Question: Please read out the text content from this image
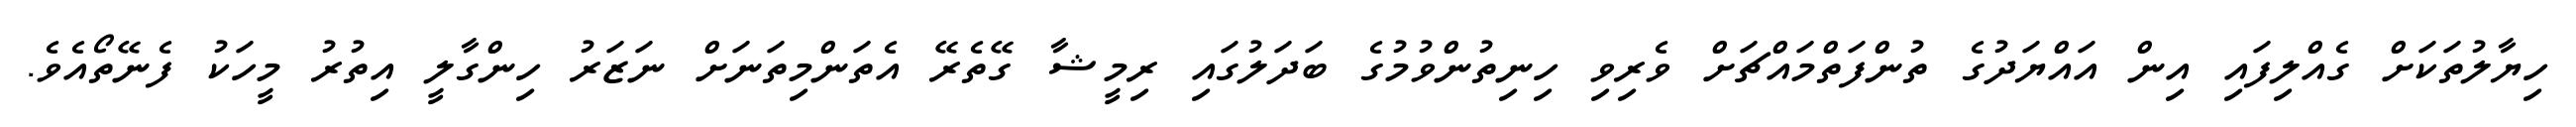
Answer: ހިޔާލުތަކަށް ގެއްލިފައި އިން އައްޔަދުގެ ތުންފަތްމައްޗަށް ވެރިވި ހިނިތުންވުމުގެ ބަދަލުގައި ރިމީޝާ ގޭތެރޭ އެތަންމިތަނަށް ނަޒަރު ހިންގާލީ އިތުރު މީހަކު ފެނޭތޯއެވެ.